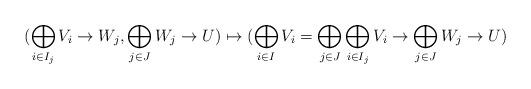
LaTeX: \begin{align*}(\bigoplus_{i \in I_j} V_i \to W_j, \bigoplus_{j \in J} W_j \to U)\mapsto (\bigoplus_{i \in I}V_i=\bigoplus_{j \in J}\bigoplus_{i \in I_j} V_i \to \bigoplus_{j \in J} W_j \to U)\end{align*}